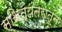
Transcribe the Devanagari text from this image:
स्थित्यंतरातून